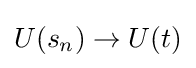
U(s_{n})\rightarrow U(t)